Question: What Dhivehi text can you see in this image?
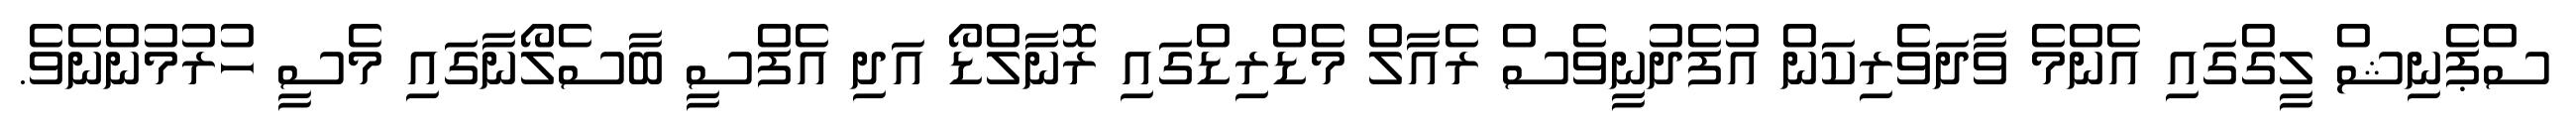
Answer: ސްޕެނިޝް ލީގްގައި އެންމެ ވާދަވެރިކަން އުފެދުނީވެސް ރެއާލް މެޑްރިޑްގައި ރޮނާލްޑޯ އަދި އެފްސީ ބާސެލޯނާގައި މެސީ ހުރުމުންނެވެ.